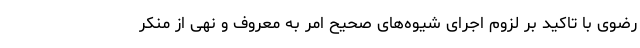
رضوی با تاکید بر لزوم اجرای شیوه‌های صحیح امر به معروف و نهی از منکر